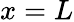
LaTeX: x=L